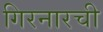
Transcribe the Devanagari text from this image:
गिरनारची